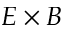
E \times B